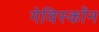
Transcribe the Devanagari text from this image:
गेविस्कॉन